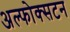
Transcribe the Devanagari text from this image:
अल्फोक्सटन